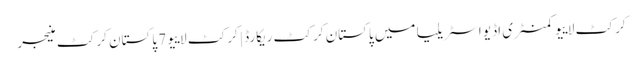
کرکٹ لاییو کمنٹری اڈیو اسٹریلیا میں پاکستان کرکٹ ریکارڈ | کرکٹ لاییو 7 پاکستان کرکٹ منیجر